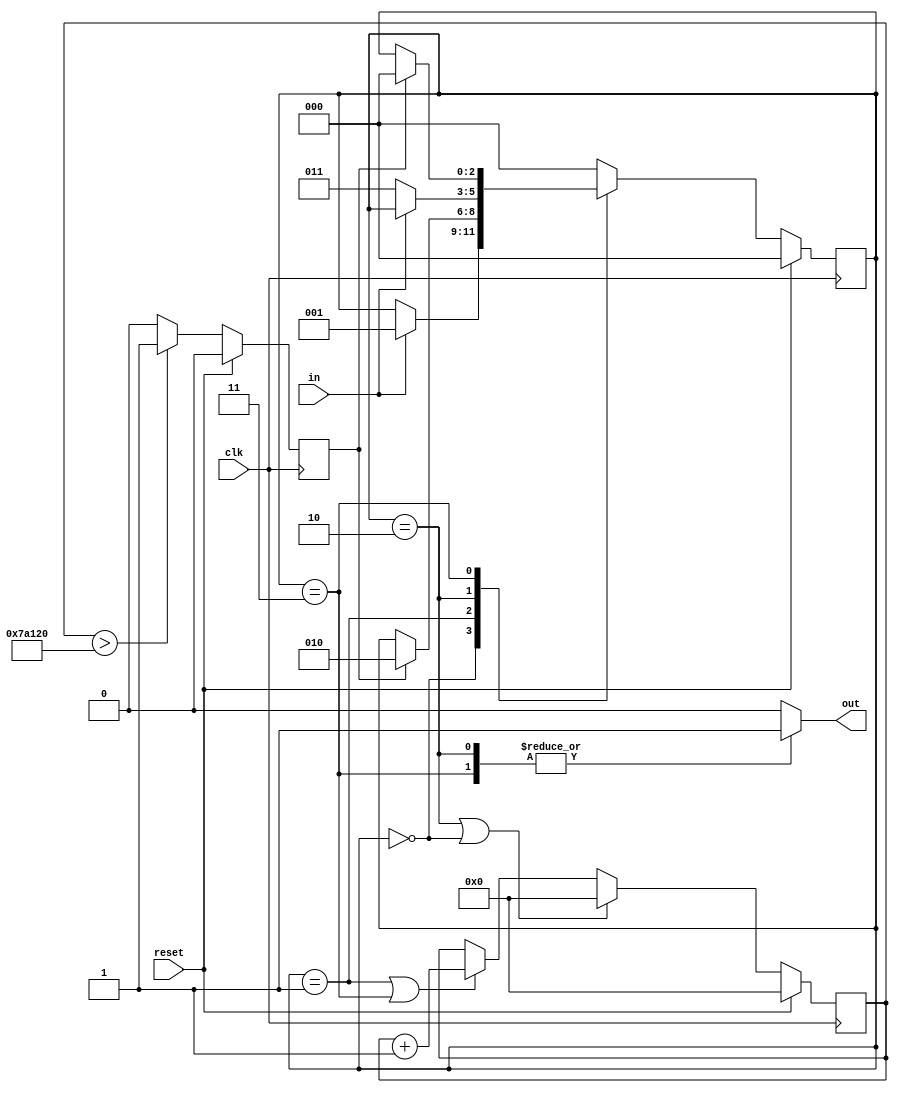
module debounceFSM #(parameter CLKSPDMHZ = 100, parameter DELAYMS = 5) (
    input clk,
    input reset,
    input in,
    output reg out
    );
 
    //calculate and define end of count with parameters
    localparam cntEnd = CLKSPDMHZ * DELAYMS * 1000;
 
    reg cntDn;
    reg [2:0] state;
    //define states
    localparam OUTPUT0 = 0;
    localparam DETECT1 = 1;
    localparam OUTPUT1 = 2;
    localparam DETECT0 = 3;

    //reg to hold count
    reg [21:0] cnt;
    
    //next state logic
    always@(posedge clk)
    begin
        if (reset)
            state <= OUTPUT0;
        else
        begin
            case(state)
            OUTPUT0:
                begin
                    if (in == 1)
                        state <= DETECT1;
                end
            DETECT1:
                begin
                    if (cntDn == 1)
                        state <= OUTPUT1;
                end
            OUTPUT1:
                begin
                    if (in == 0)
                        state <= DETECT0;
                end
            DETECT0:
                begin
                    if (cntDn == 1)
                        state <= OUTPUT0;
                end
            default:
                state <= OUTPUT0;
            endcase
        end
    end
 
    //counter logic
    always@(posedge clk)
    begin
        if (reset)
        begin
            cnt <= 0;
            cntDn <= 0;
        end
        else
        begin
            if (state == OUTPUT1 || state == OUTPUT0)
                cnt <= 0;
            else if (state == DETECT1 || state == DETECT0)
                cnt <= cnt + 1;
                
            if (cnt > cntEnd)
                cntDn <= 1;
            else
                cntDn <= 0;
        end
    end
 
    //output mapping
    always@(state)
    begin
        case(state)
        OUTPUT0: out = 0;
        DETECT1: out = 0;
        OUTPUT1: out = 1;
        DETECT0: out = 1;
        default: out = 0;
        endcase
    end
 
endmodule